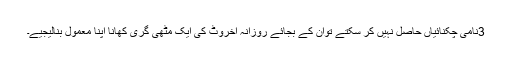
3نامی چکنائیاں حاصل نہیں کر سکتے توان کے بجائے روزانہ اخروٹ کی ایک مٹھی گری کھانا اپنا معمول بنالیجیے۔